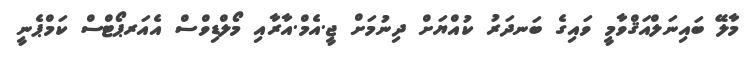
މާލޭ ބައިނަލްއަޤްވާމީ ވައިގެ ބަނދަރު ކުއްޔަށް ދިނުމަށް ޖީ.އެމް.އާރާއި މޯލްޑިވްސް އެއަރޕޯޓްސް ކަމްޕެނީ